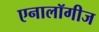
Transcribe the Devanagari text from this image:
एनालॉगीज